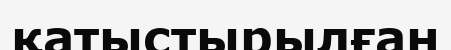
қатыстырылған